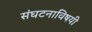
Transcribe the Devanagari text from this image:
संघटनाविषयी